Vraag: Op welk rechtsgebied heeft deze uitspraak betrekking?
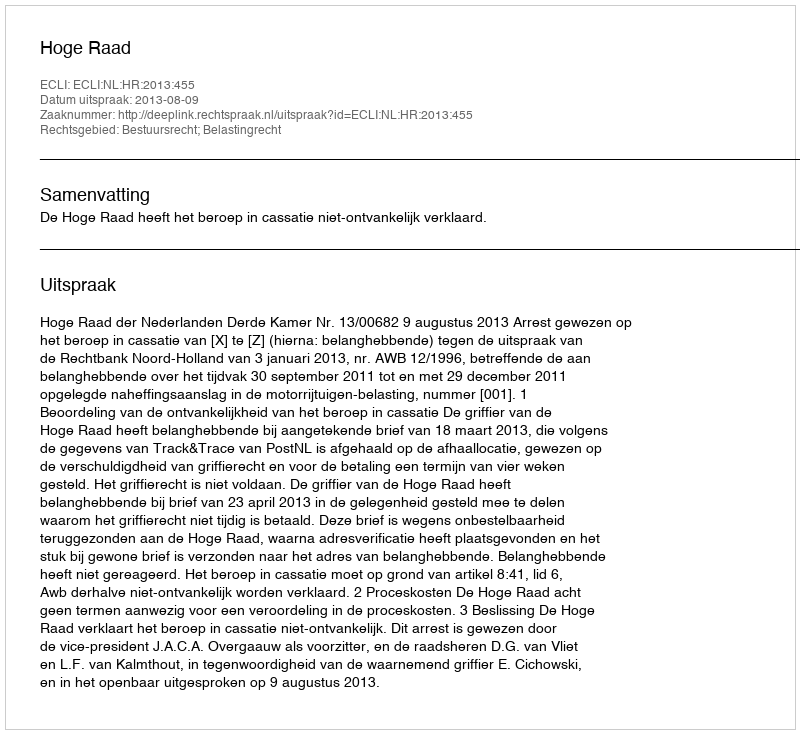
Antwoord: Bestuursrecht; Belastingrecht